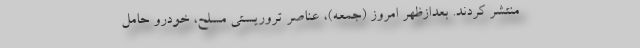
منتشر کردند. بعدازظهر امروز (جمعه)، عناصر تروریستی مسلح، خودرو حامل